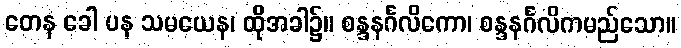
တေန ခေါ ပန သမယေန၊ ထိုအခါ၌။ စန္ဒနင်္ဂလိကော၊ စန္ဒနင်္ဂလိကမည်သော။